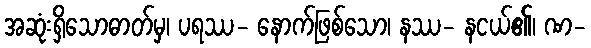
အဆုံးရှိသောဓာတ်မှ၊ ပရဿ- နောက်ဖြစ်သော၊ နဿ- နငယ်၏၊ ဏ-